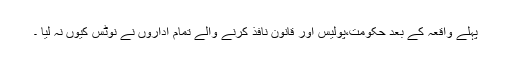
پہلے واقعہ کے بعد حکومت،پولیس اور قانون نافذ کرنے والے تمام اداروں نے نوٹس کیوں نہ لیا ۔